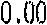
0.00